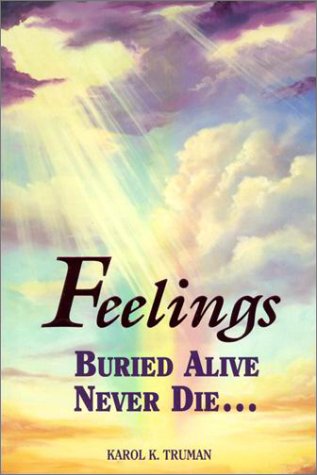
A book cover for Feelings Buried Alive Never Die; Karol K. Truman; Health, Fitness & Dieting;